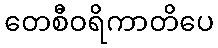
တေစီဝရိကာတိပေ